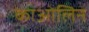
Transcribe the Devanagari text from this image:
काओलिन